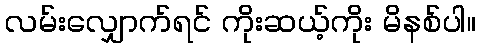
လမ်းလျှောက်ရင် ကိုးဆယ့်ကိုး မိနစ်ပါ။